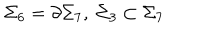
\Sigma _ { 6 } = \partial \Sigma _ { 7 } , \ \Sigma _ { 3 } \subset \Sigma _ { 7 }